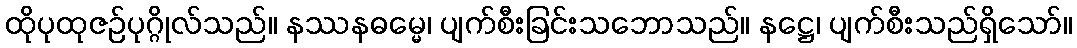
ထိုပုထုဇဉ်ပုဂ္ဂိုလ်သည်။ နဿနဓမ္မေ၊ ပျက်စီးခြင်းသဘောသည်။ နဋ္ဌေ၊ ပျက်စီးသည်ရှိသော်။